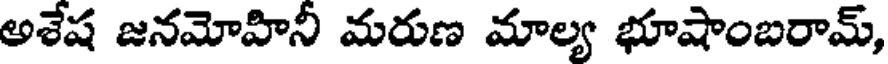
అశేష జనమోహినీ మరుణ మాల్య భూషాంబరామ్,